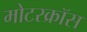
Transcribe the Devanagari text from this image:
मोटरक्रॉस